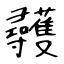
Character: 彠